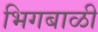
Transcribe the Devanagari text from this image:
भिगबाळी